Lunatic asylums Punjab 1895-1910 - 1895-1910
Year: 1895
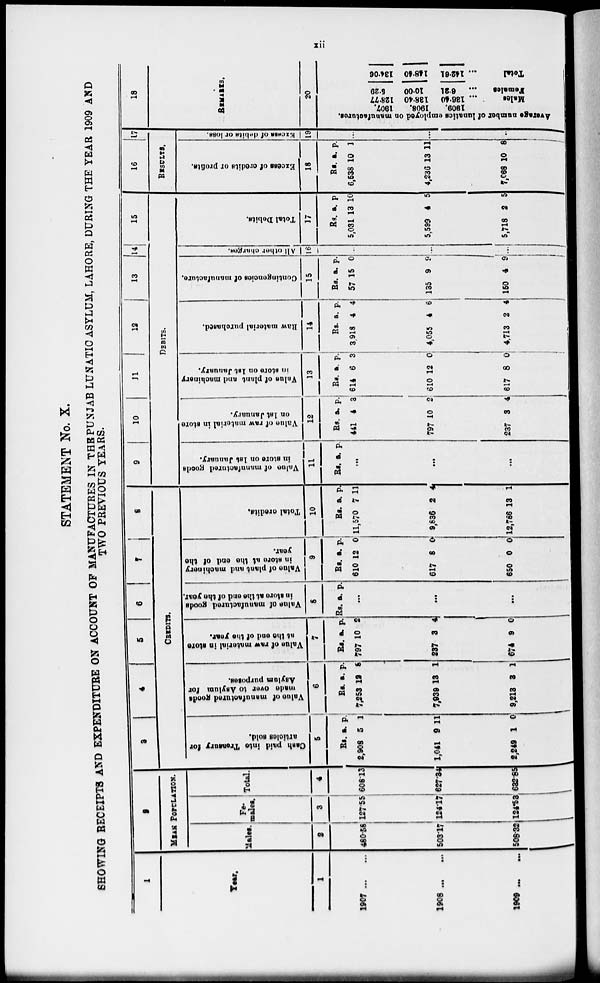
xii
STATEMENT No. X.
SHOWING RECEIPTS AND EXPENDITURE ON ACCOUNT OF MANUFACTURES IN THE PUNJAB LUNATIC ASYLUM, LAHORE, DURING THE YEAR
TWO PREVIOUS YEARS.
1
Year.
1
1907...
...
1908... ...
1909
...
...
2
MEAN POPULATION.
Males.
2
480.58
503.17
508.32
Fe-
males.
3
Total.
4
127.55 608.13
124.17
124.53
627.34
632.85
3
4
5
6
7 8
CREDITS.
Cash
paid into Treasury for
articles sold.
5
Rs.
2,908
1,041
2,249
a.
5
9
1
p.
1
11
0
Value
of manufactured goods
made
over
to Asylum for
Asylum purposes.
6
Rs.
7,253
7,939
9,213
a.
12
13
3
p.
8
1
1
Value of raw material in store
at the end of the year.
7
Rs.
797
237
674
a.
10
3
9
p.
2
4
0
Value of manufactured goods
in store at the end of the year.
8
Rs. a.
...
...
...
p.
Value of plant and machinery
in store at the and of the
year.
9
Rs.
610
617
650
a.
12
8
0
p.
0
0
0
Total
credits.
10
Rs.
11,570
9,836
12,786
a.
7
2
13
p.
11
4
1
9
10
11
12
13
14
15
DEBITS.
Value
of manufactured goods
in store on lst January.
11
Rs.
a.
...
...
...
p.
Value of raw material
in store
on 1st January.
12
Rs.
441
797
237
a.
4
10
3
p.
3
2
4
Value of plant and machinery
in store on 1st January.
13
Rs.
614
610
617
a.
6
12
8
p.
3
0
0
Haw material purchased.
14
Rs.
3,918
4,055
4713
a.
4
4
2
p.
4
6
4
Contingencies of manufacture.
15
Rs.
57
135
150
a.
15
9
4
p.
0
9
9
All other charges.
16
...
...
Total Debits.
17
Rs.
5,031
5,599
5,718
a.
13
4
2
p.
10
5
5
16
17
RESULTS.
Excess of credits or profits.
18
Rs.
6,538
4,236
7,068
a.
10
13
10
p.
1
11
8
Excess
of debit or loss.
19
...
18
REMARKS.
20
Average number of lunatics employed on manufactures.
1907.
1908.
1909.
128.77
138.40
... 136.40
Males
5.29
10.00
... 6.21
Females
134.06
148.40
... 142.61
Total